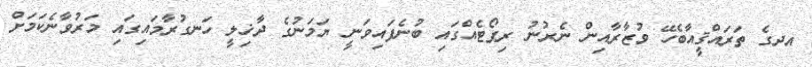
އދގެ ތަރައްޤީއާބެހޭ ވުޒާރާއިން ނެރުނު ރިޕޯޓެއްގައި ބުނެފައިވަނީ ޔަމަނުގެ ދާޚިލީ ހަނގުރާމައިގައި މަރުވާނެކަމަށް